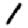
Digit: 1